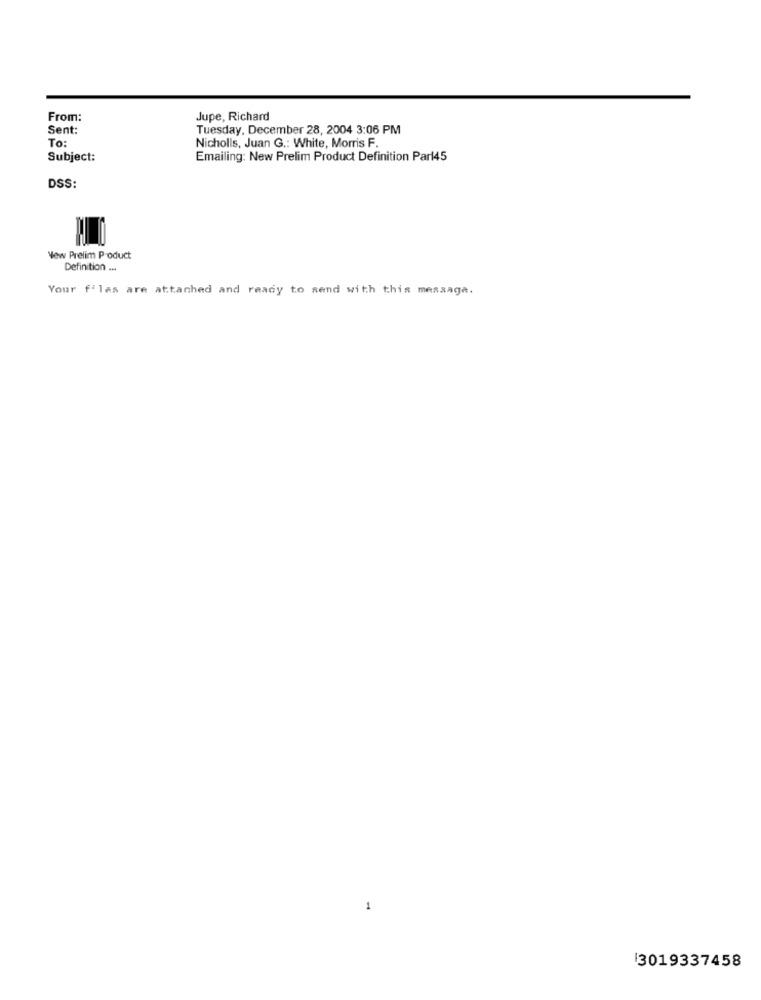
From:
Jupe, Richard
Sent:
Tuesday, December 28, 2004 3:06 PM
To:
Nicholls, Juan G .: White, Morris F.
Subject:
Emailing: New Prelim Product Definition Parl45
DSS:
New Prelim Product
Definition ...
Your f'las are attached and ready to send with this message.
1
3019337458